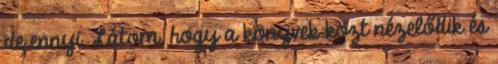
de ennyi. Látom, hogy a könyvek közt nézelődik és